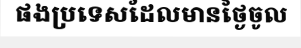
ផងប្រទេសដែលមានថ្ងៃចូល